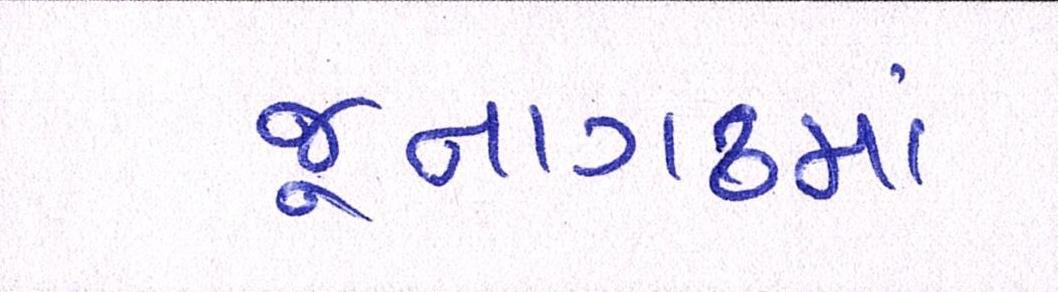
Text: જૂનાગઢમાં